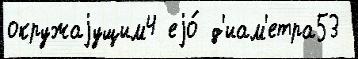
окружаjущим4 еjо́ д'иам'етра53